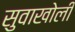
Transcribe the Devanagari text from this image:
सुवाखोली